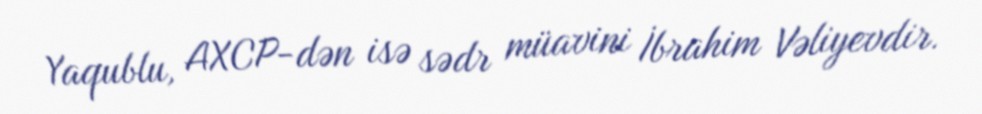
Yaqublu, AXCP-dən isə sədr müavini İbrahim Vəliyevdir.